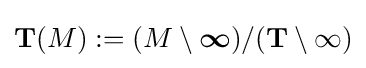
\mathbf {T} (M):=(M\setminus {\boldsymbol {\infty }})/(\mathbf {T} \setminus \infty )